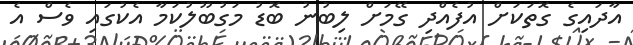
އާދައިގެ ގޮތަކަށް އުފެއްދި ގޭމަށް ލިބުނު ބޮޑު މަގުބޫލުކަމާ އެކުގައި ވެސް އެ